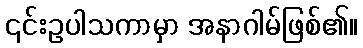
၎င်းဥပါသကာမှာ အနာဂါမ်ဖြစ်၏။